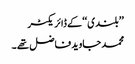
’’بلندی‘‘کے ڈائریکٹر
محمد جاوید فاضل تھے ۔